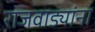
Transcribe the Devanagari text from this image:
राजवाड्यांना